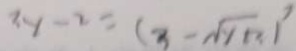
3 y - 2 = ( 3 - \sqrt { y + x } ) ^ { 2 }